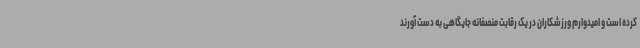
کرده است و امیدوارم ورزشکاران در یک رقابت منصفانه جایگاهی به دست آورند